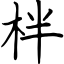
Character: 柈